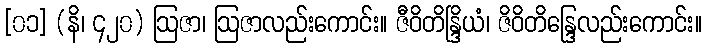
[၀၁] (နိ၊ ၄၂၀) ဩဇာ၊ ဩဇာလည်းကောင်း။ ဇီဝိတိန္ဒြိယံ၊ ဇိဝိတိန္ဒြေလည်းကောင်း။